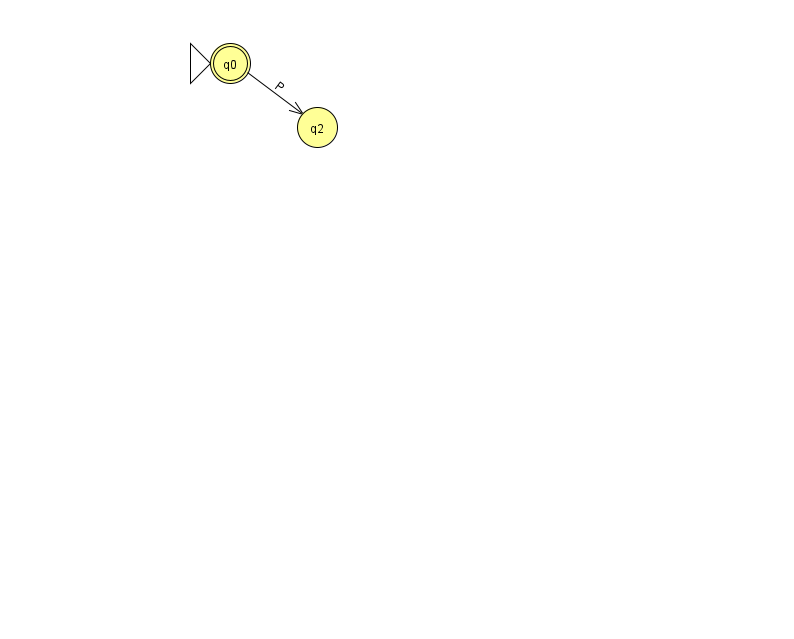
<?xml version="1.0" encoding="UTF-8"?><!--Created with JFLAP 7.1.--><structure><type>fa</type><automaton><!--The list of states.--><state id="0" name="q0"><x>230.0</x><y>50.0</y><initial/><final/></state><state id="2" name="q2"><x>317.0</x><y>114.0</y></state><!--The list of transitions.--><transition><from>0</from><to>2</to><read>P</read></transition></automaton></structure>